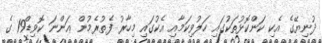
ދުނިޔޭގެ އެކި ކަންކޮޅުތަކުގައި ހަލުވިކަމާއި އެކުގައި މިހާރު ފެތުރެމުން އަންނަ ކޮވިޑް19 ގެ